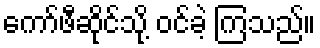
ကော်ဖီဆိုင်သို့ ဝင်ခဲ့ ကြသည်။